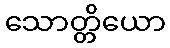
သောတ္တိယော